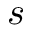
s